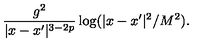
\frac { g ^ { 2 } } { | x - x ^ { \prime } | ^ { 3 - 2 p } } \log ( | x - x ^ { \prime } | ^ { 2 } / { M ^ { 2 } } ) .